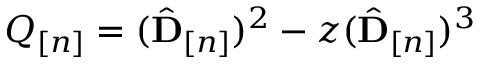
Q _ { [ n ] } = ( \hat { { \mathbf D } } _ { [ n ] } ) ^ { 2 } - z ( \hat { { \mathbf D } } _ { [ n ] } ) ^ { 3 }